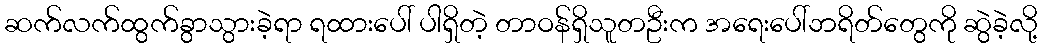
ဆက်လက်ထွက်ခွာသွားခဲ့ရာ ရထားပေါ် ပါရှိတဲ့ တာဝန်ရှိသူတဦးက အရေးပေါ်ဘရိတ်တွေကို ဆွဲခဲ့လို့